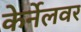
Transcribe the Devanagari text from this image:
केर्नेलवर